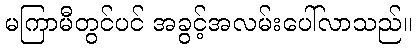
မကြာမီတွင်ပင် အခွင့်အလမ်းပေါ်လာသည်။